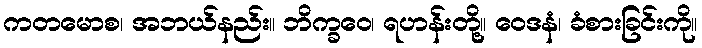
ကတမောစ၊ အဘယ်နည်း။ ဘိက္ခဝေ၊ ရဟန်းတို့။ ဝေဒနံ၊ ခံစားခြင်းကို။